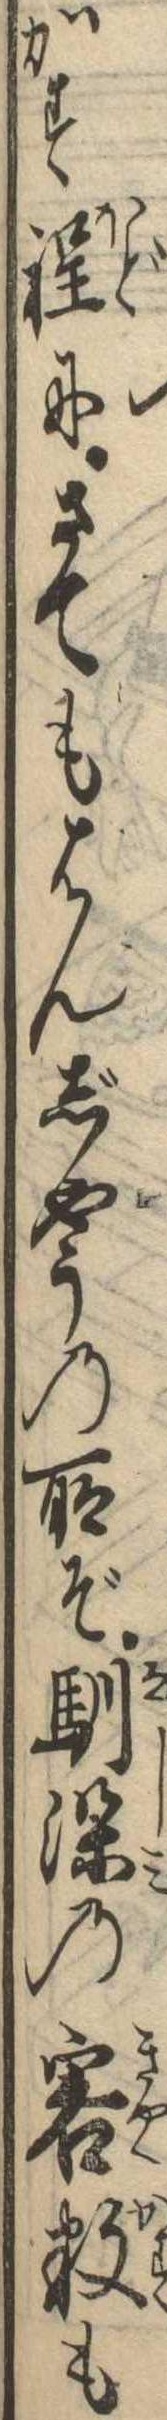
かす程にさてもはんじやうの所ぞ馴染の客数も